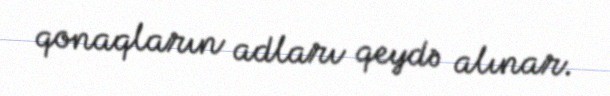
qonaqların adları qeydə alınar.